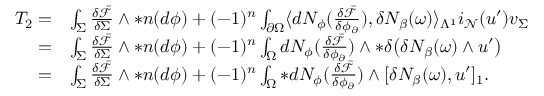
\begin{array} { r l } { T _ { 2 } = } & { \int _ { \Sigma } \frac { \delta \bar { \mathcal { F } } } { \delta \Sigma } \wedge \ast \boldsymbol { n } ( d \phi ) + ( - 1 ) ^ { n } \int _ { \partial \Omega } \langle d N _ { \phi } ( \frac { \delta \bar { \mathcal { F } } } { \delta \phi _ { \partial } } ) , \delta N _ { \beta } ( \omega ) \rangle _ { \Lambda ^ { 1 } } i _ { \mathcal { N } } ( u ^ { \prime } ) v _ { \Sigma } } \\ { = } & { \int _ { \Sigma } \frac { \delta \bar { \mathcal { F } } } { \delta \Sigma } \wedge \ast \boldsymbol { n } ( d \phi ) + ( - 1 ) ^ { n } \int _ { \Omega } d N _ { \phi } ( \frac { \delta \bar { \mathcal { F } } } { \delta \phi _ { \partial } } ) \wedge \ast \delta \big ( \delta N _ { \beta } ( \omega ) \wedge u ^ { \prime } \big ) } \\ { = } & { \int _ { \Sigma } \frac { \delta \bar { \mathcal { F } } } { \delta \Sigma } \wedge \ast \boldsymbol { n } ( d \phi ) + ( - 1 ) ^ { n } \int _ { \Omega } \ast d N _ { \phi } ( \frac { \delta \bar { \mathcal { F } } } { \delta \phi _ { \partial } } ) \wedge [ \delta N _ { \beta } ( \omega ) , u ^ { \prime } ] _ { 1 } . } \end{array}